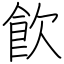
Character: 飮